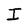
Character: I